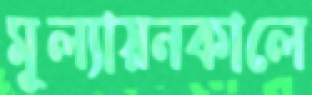
মূল্যায়নকালে